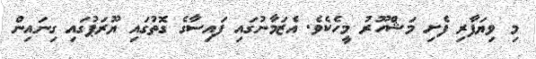
މި ވިޔަފާރި ފެށި މަޝްހޫރު މީހެކެވެ. އެޒަމާނުގައި ފައިސާގެ ގޮތުގައި ޔޫރަޕުގައި ގިނައިން